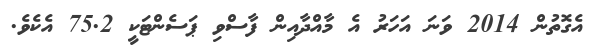
އެގޮތުން 2014 ވަނަ އަހަރު އެ މާއްދާއިން ފާސްވި ޕަސެންޓަކީ 75.2 އެކެވެ.